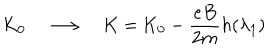
\mathrm { K } _ { 0 } \quad \longrightarrow \quad \mathrm { K } = \mathrm { K } _ { 0 } - \frac { e B } { 2 m } h ( \lambda _ { 1 } )